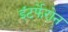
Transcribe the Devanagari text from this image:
इंटर्फेरोन